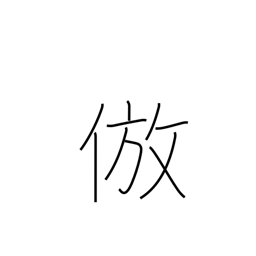
Meaning: imitate